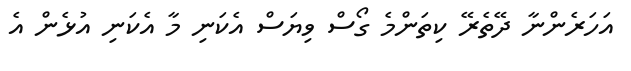
އަހަރެންނާ ދޭތެރޭ ކިތަންމެ ގޯސް ވިޔަސް އެކަނި މާ އެކަނި އުޅެން އެ